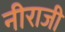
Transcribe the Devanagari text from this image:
नीराजी